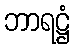
ဘာရဋ္ဌံ